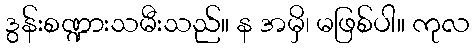
ဒွန်းစဏ္ဍားသမီးသည်။ န အမှိ၊ မဖြစ်ပါ။ ကုလ